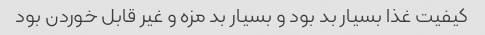
کیفیت غذا بسیار بد بود و بسیار بد مزه و غیر قابل خوردن بود